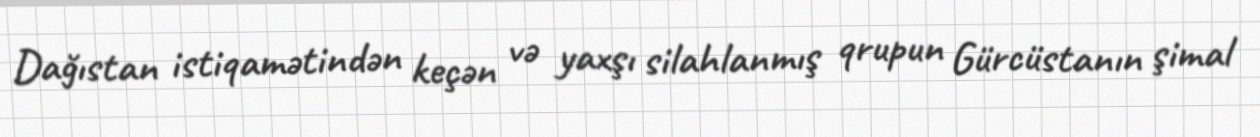
Dağıstan istiqamətindən keçən və yaxşı silahlanmış qrupun Gürcüstanın şimal